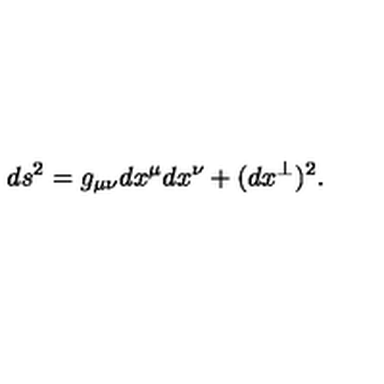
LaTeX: d s ^ { 2 } = g _ { \mu \nu } d x ^ { \mu } d x ^ { \nu } + ( d x ^ { \perp } ) ^ { 2 } .